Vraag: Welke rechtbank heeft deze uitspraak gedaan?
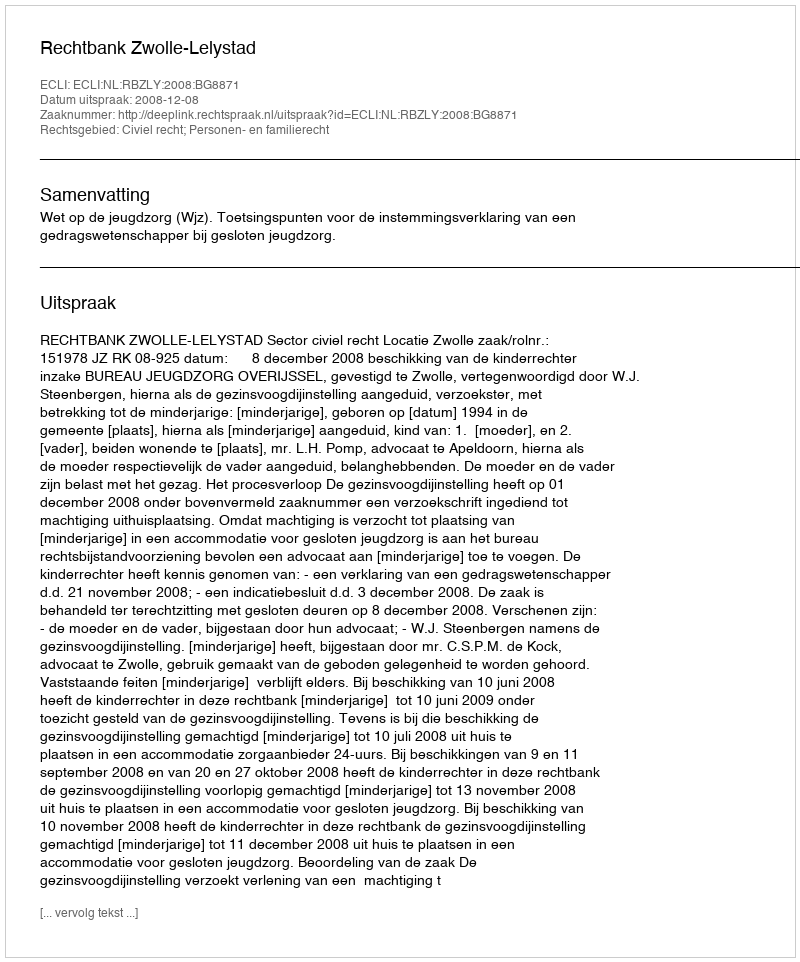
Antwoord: Rechtbank Zwolle-Lelystad